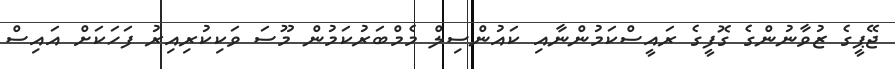
ޖޭޕީގެ ޒުވާނުންގެ ގޮފީގެ ރައީސްކަމުންނާއި ކައުންސިލް މެމްބަރުކަމުން މޫސަ ވަކިކުރިއިރު ފަހަކަށް އައިސް